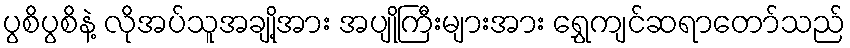
ပွစိပွစိနဲ့ လိုအပ်သူအချို့အား အပျိုကြီးများအား ရွှေကျင်ဆရာတော်သည်